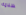
سلامة